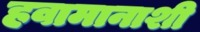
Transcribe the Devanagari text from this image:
हवामानाशी